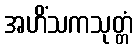
အဟိံသကသုတ္တံ